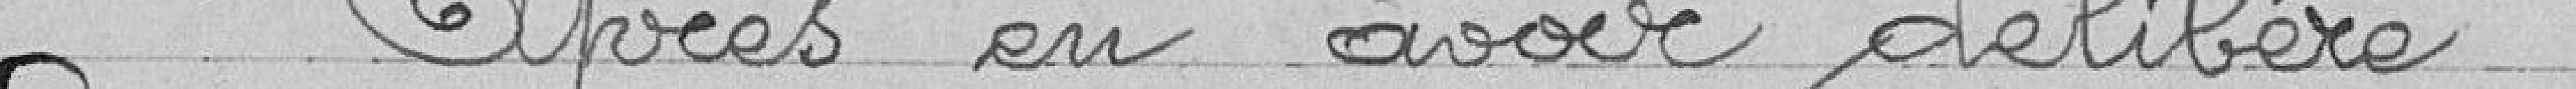
Après en avoir délibéré :